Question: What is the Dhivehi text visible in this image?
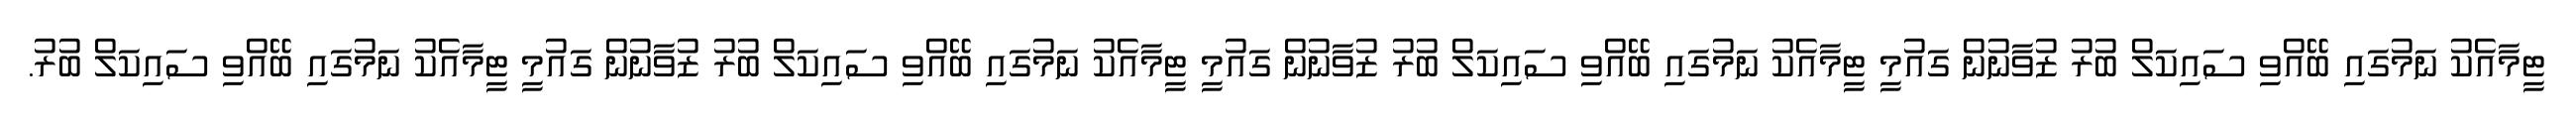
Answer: ޓީމާއެކު ނަމުގައި ބޭއްވި ސައިކަލް ބުރު ޒުވާނުން ގައުމީ ޓީމާއެކު ނަމުގައި ބޭއްވި ސައިކަލް ބުރު ޒުވާނުން ގައުމީ ޓީމާއެކު ނަމުގައި ބޭއްވި ސައިކަލް ބުރު ޒުވާނުން ގައުމީ ޓީމާއެކު ނަމުގައި ބޭއްވި ސައިކަލް ބުރު.